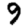
Digit: 9